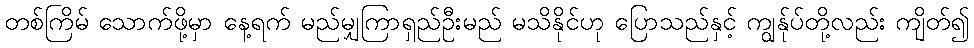
တစ်ကြိမ် သောက်ဖို့မှာ နေ့ရက် မည်မျှကြာရှည်ဦးမည် မသိနိုင်ဟု ပြောသည်နှင့် ကျွန်ုပ်တို့လည်း ကျိတ်၍